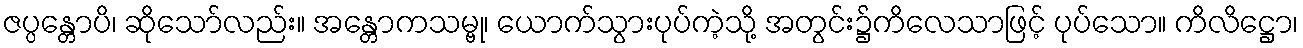
ဇပ္ပန္တောပိ၊ ဆိုသော်လည်း။ အန္တောကသမ္ဗု၊ ယောက်သွားပုပ်ကဲ့သို့ အတွင်း၌ကိလေသာဖြင့် ပုပ်သော။ ကိလိဋ္ဌော၊